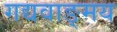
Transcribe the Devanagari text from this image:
गद्यवाङ्‌मय